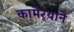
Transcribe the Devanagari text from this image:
कामेर्‍याने